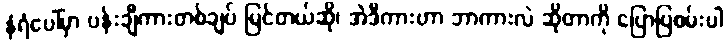
နံရံပေါ်မှာ ပန်းချီကားတစ်ချပ် မြင်တယ်ဆို၊ အဲဒီကားဟာ ဘာကားလဲ ဆိုတာကို ပြောပြစမ်းပါ